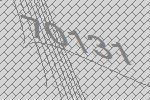
70131